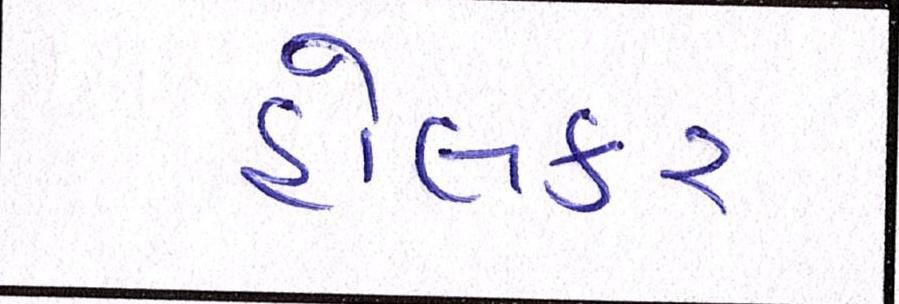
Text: હોલકર